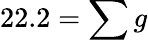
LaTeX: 22.2=\sum g